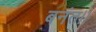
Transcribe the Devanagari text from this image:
बनंत।।